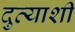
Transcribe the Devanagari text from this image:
दुव्याशी